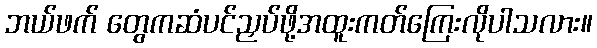
ဘယ်ဖက် တွေကဆံပင်ညှပ်ဖို့အထူးကတ်ကြေးလိုပါသလား။